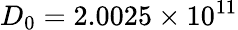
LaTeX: D_{0}=2.0025\times 10^{11}